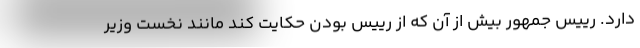
دارد. رییس جمهور بیش از آن که از رییس بودن حکایت کند مانند نخست وزیر